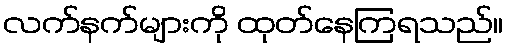
လက်နက်များကို ထုတ်နေကြရသည်။